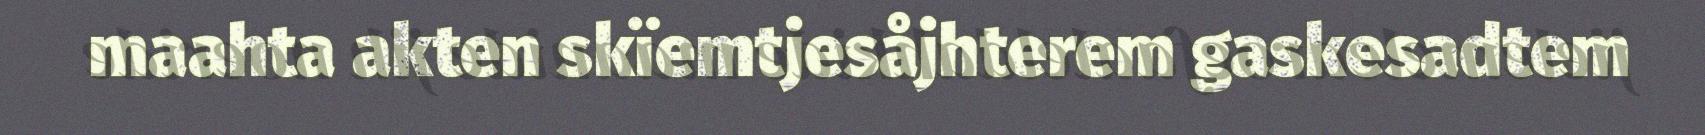
maahta akten skïemtjesåjhterem gaskesadtem